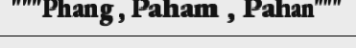
"""Phang , Paham , Pahan"""